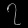
Digit: ၇